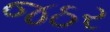
જઠર